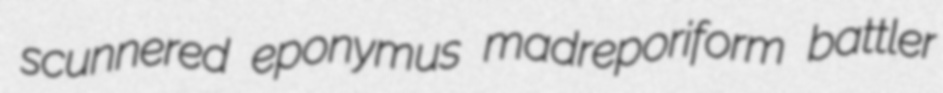
scunnered eponymus madreporiform battler